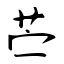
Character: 苎